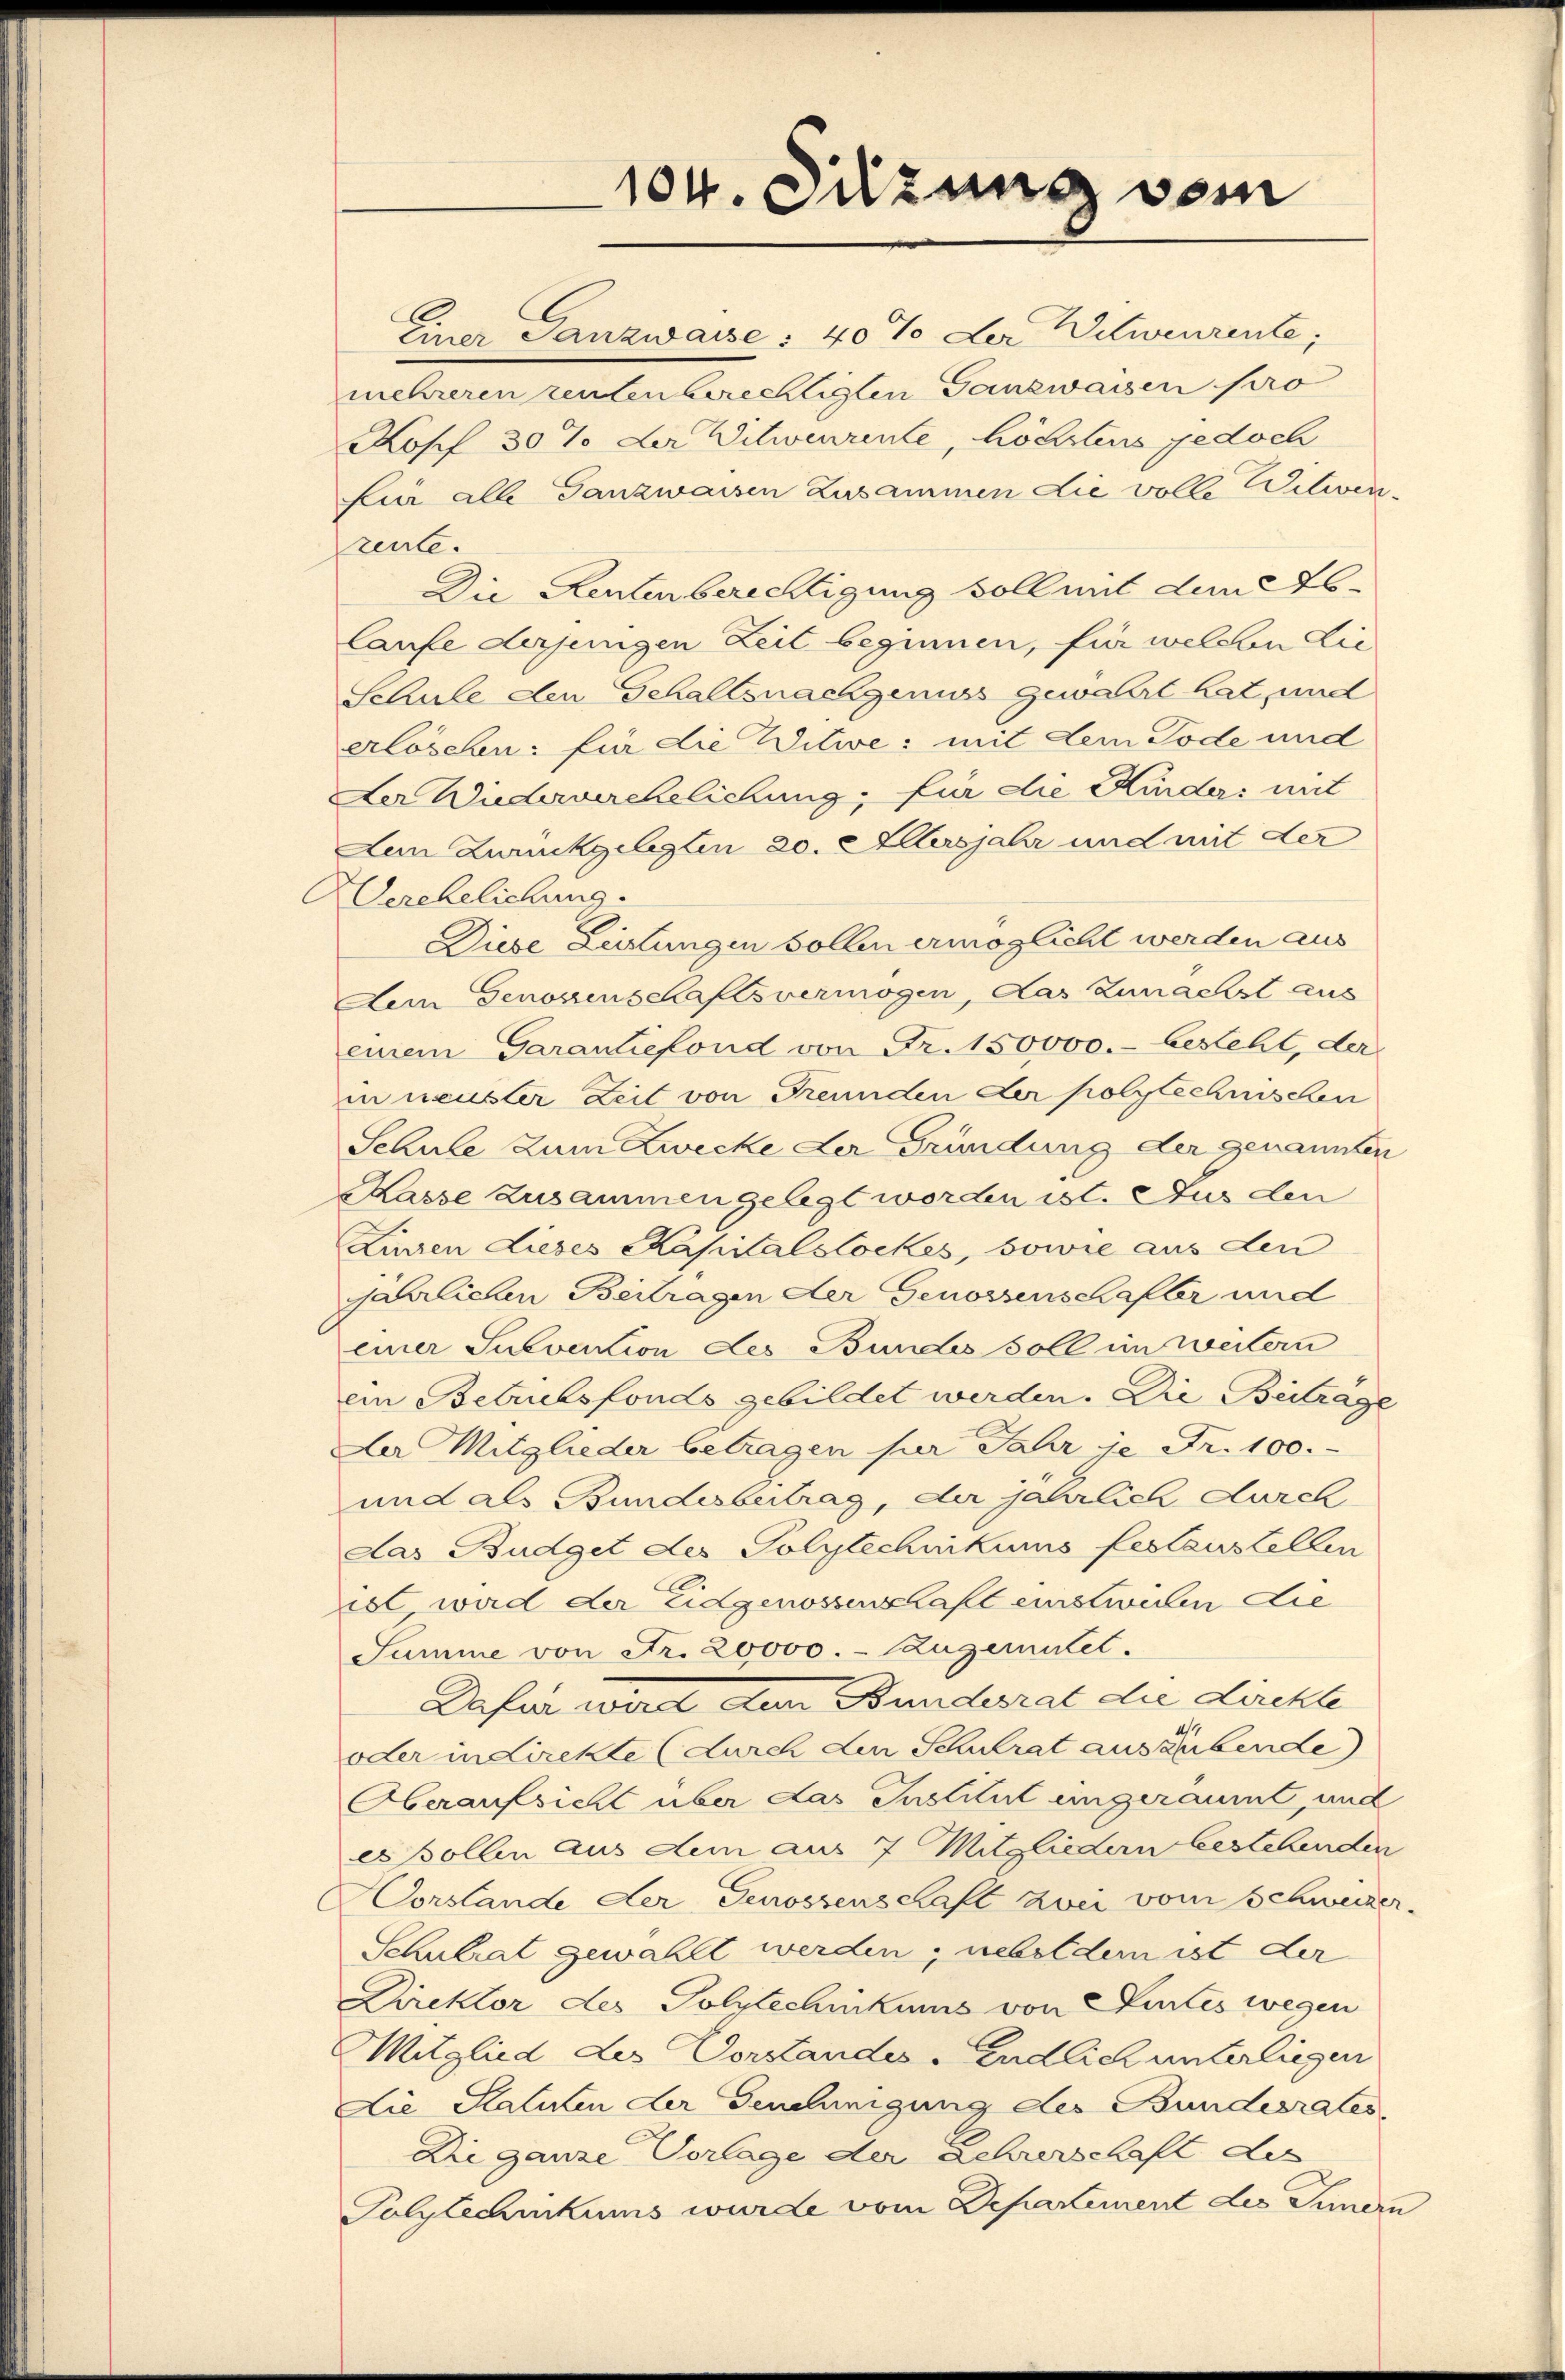
104. Sitzung vom

Einer Tanzwasse: 40% der Witwenzente,
mehreren renten berechtigten Ganzwassen pro
Kopf 30 % der Witwenrente, höchstens jedoch
Lin alle Ganzwaisen Zusammen die volle Vitiven
rente.
Die Rentenberechtigung soll mit dem Eslaufe derjungen Zeit beginnen, für welchen Lie
Schule den Schaltsnachgenuss gewährt hat, mit
erloschen: für die Witwe: mit dem Tode und
Der Wudeverehelichung, für die Kinders mit
Aen Zweckgelegten 20. Allersjahr und mit der
erehelichung
Diese Leistungen sollen ermöglicht werden aus
Aem Genossenschaftsvermögen, das Zunächst aus
einem Garantiefond von Fr. 150000.- besteht, der
i neuster Zeit von Freunden der polytechnischen
Schule zum Zwecke der Gründung der genannten
Kasse zusammen gelegt worden ist. Aus den
Linzen Lieses Kapitalslockes, sowie aus den
jährlichen Beitragen der Genossenschafter und
einer Subvention des Bundes soll im weitern
ein Betriebsfonds gebildet werden. Die Beiträge
Der Mitglieder betragen für Jahr je Fr. 100.
und als Bundesbertrag, der jährlich durch
das Budget der Polytechnikums festzustellen
ist wird der Eidgenossenschaft einstweilen die
Summe von Fr. 20000. - Zugemutet.
Dafür wird dem Bundesrat die Direkte
oder in direkte (durch den Schulrat ausgabende
Oberaufsicht über das Institut eingeräumt, und
es sollen aus dem aus 7 Mitgliedern bestehenden
orslande der Genossenschaft zwei vom Schweizer.
Schulrat gewählt werden, nebel dem ist der
Direktor des Polytechnikums von Partes wegen
Mitglied des Vorstandes Endlich unterliegen
Lie Statuten der Genehmigung des Bundesrates
Die ganze Vorlage der Lehrerschaft des
Polytechnikums wurde vom Departement des Innern